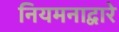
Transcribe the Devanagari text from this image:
नियमनाद्वारे